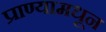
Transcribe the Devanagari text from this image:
प्राण्यामधून